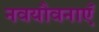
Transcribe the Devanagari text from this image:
नवयौवनाएँ